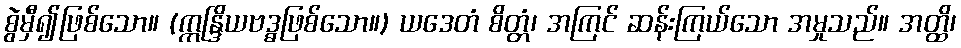
စွဲမှီ၍ဖြစ်သော။ (ဣန္ဒြိယဗဒ္ဓဖြစ်သော။) ယဒေတံ စိတ္တံ၊ အကြင် ဆန်းကြယ်သော အမှုသည်။ အတ္ထိ၊